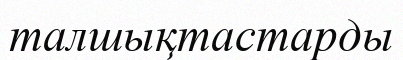
талшықтастарды